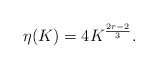
\begin{align*} \eta(K) = 4 K^{\frac{2r-2}{3}}.\end{align*}